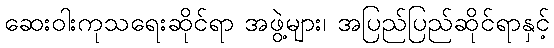
ဆေးဝါးကုသရေးဆိုင်ရာ အဖွဲ့များ၊ အပြည်ပြည်ဆိုင်ရာနှင့်